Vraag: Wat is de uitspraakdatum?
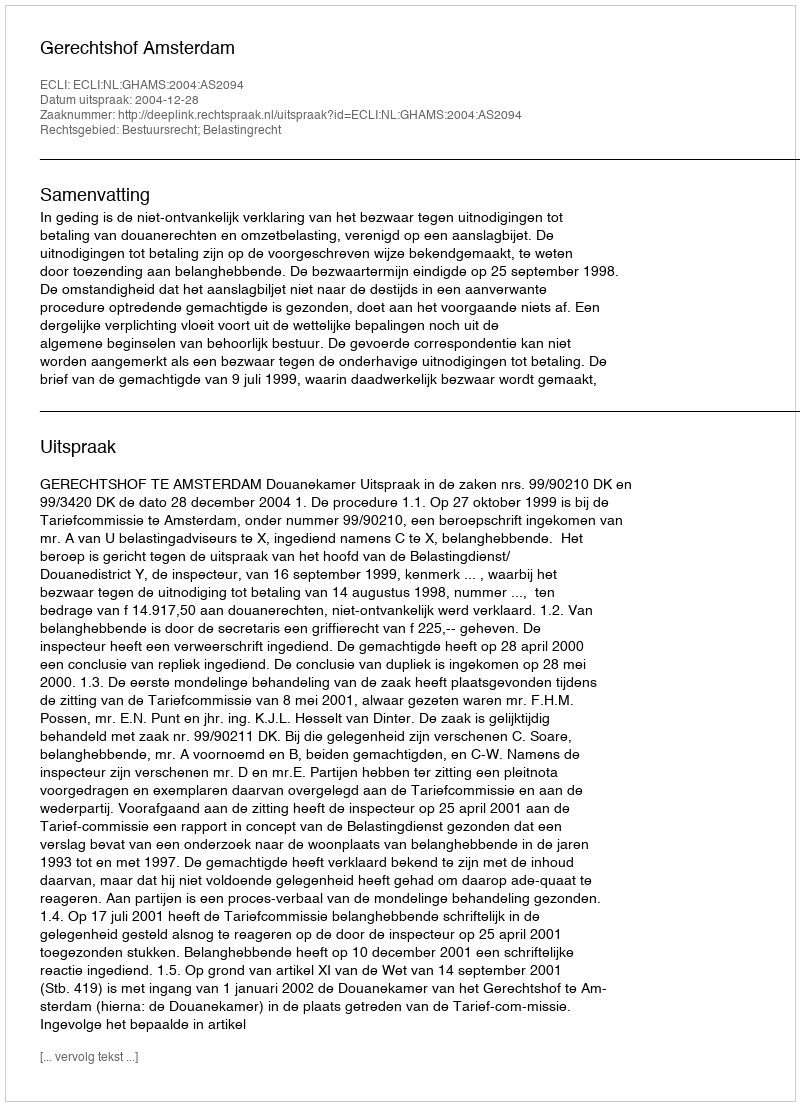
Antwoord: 2004-12-28